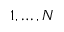
1 , \hdots , N